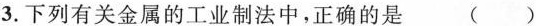
3.下列有关金属的工业制法中，正确的是 ( )